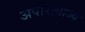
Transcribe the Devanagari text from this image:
अपरित्याज्य